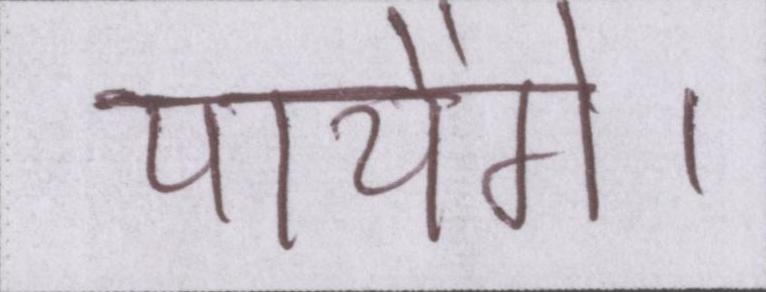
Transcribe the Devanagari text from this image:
पायेंगे।